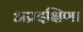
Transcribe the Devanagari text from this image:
अप्रदक्षिणा